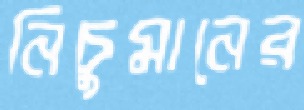
নিচুমানের